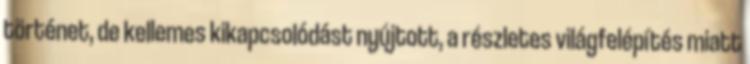
történet, de kellemes kikapcsolódást nyújtott, a részletes világfelépítés miatt